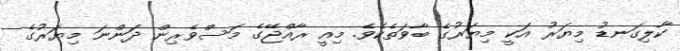
ކާލިގަނޑު މިޔަރު އަކީ މިޔަރުގެ ބާވަތެކެވެ. މިއީ ރާއްޖޭގެ މަސްވެރިން ދަންނަ މިޔަރުގެ